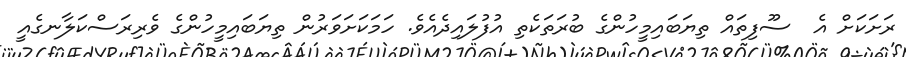
ރަށަކަށް އެ  ސޫފިތައް ތިޔަބައިމީހުންގެ ބުރަތަކެތި އުފުލައިދެއެވެ. ހަމަކަށަވަރުން ތިޔަބައިމީހުންގެ ވެރިރަސްކަލާނގެއީ